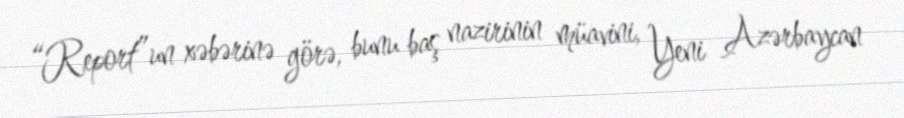
“Report”un xəbərinə görə, bunu baş nazirinin müavini, Yeni Azərbaycan